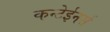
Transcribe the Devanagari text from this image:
कन्टेईनर्स